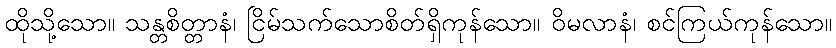
ထိုသို့သော။ သန္တစိတ္တာနံ၊ ငြိမ်သက်သောစိတ်ရှိကုန်သော။ ဝိမလာနံ၊ စင်ကြယ်ကုန်သော။